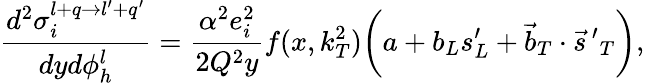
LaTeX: \frac{d^{2}\sigma_{i}^{l+q\rightarrow l^{\prime}+q^{\prime}}}{dyd\phi_{h}^{l}}=\frac{\alpha^{2}e_{i}^{2}}{2Q^{2}y}f(x,k_{T}^{2})\bigg(a+b_{L}s_{L}^{\prime}+\vec{b}_{T}\cdot\vec{s}{\, ^{\prime}}_{T}\bigg),